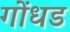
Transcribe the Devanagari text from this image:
गोंधड